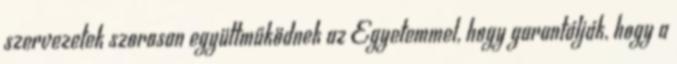
szervezetek szorosan együttműködnek az Egyetemmel, hogy garantálják, hogy a